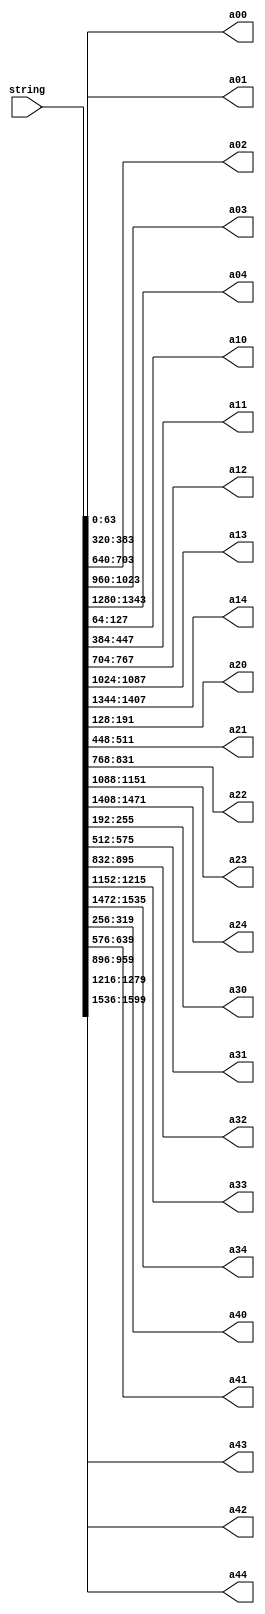
module stringtostate (string,a00,a01,a02,a03,a04,a10,a11,a12,a13,a14,a20,a21,a22,a23,a24,a30,a31,a32,a33,a34,a40,a41,a42,a43,a44);
input [1599:0] string;
output [63:0]a00,a01,a02,a03,a04;
output [63:0]a10,a11,a12,a13,a14;
output [63:0]a20,a21,a22,a23,a24;
output [63:0]a30,a31,a32,a33,a34;
output [63:0]a40,a41,a42,a43,a44;

assign  a00[63:0]= string[63:0];
assign  a01[63:0]= string[383:320];
assign  a02[63:0]= string[703:640];
assign  a03[63:0]= string[1023:960];
assign  a04[63:0]= string[1343:1280];

assign  a10[63:0]= string[127:64];
assign  a11[63:0]= string[447:384];
assign  a12[63:0]= string[767:704];
assign  a13[63:0]= string[1087:1024];
assign  a14[63:0]= string[1407:1344];

assign  a20[63:0]= string[191:128];
assign  a21[63:0]= string[511:448];
assign  a22[63:0]= string[831:768];
assign  a23[63:0]= string[1151:1088];
assign  a24[63:0]= string[1471:1408];

assign  a30[63:0]= string[255:192];
assign  a31[63:0]= string[575:512];
assign  a32[63:0]= string[895:832];
assign  a33[63:0]= string[1215:1152];
assign  a34[63:0]= string[1535:1472];

assign  a40[63:0]= string[319:256];
assign  a41[63:0]= string[639:576];
assign  a42[63:0]= string[959:896];
assign  a43[63:0]= string[1279:1216];
assign  a44[63:0]= string[1599:1536];

endmodule